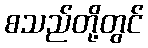
စသည်တို့တွင်